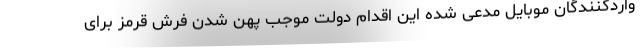
واردکنندگان موبایل مدعی شده این اقدام دولت موجب پهن شدن فرش قرمز برای